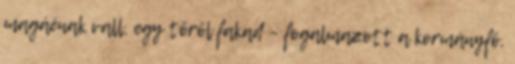
magáénak vall, egy tőről fakad – fogalmazott a kormányfő,